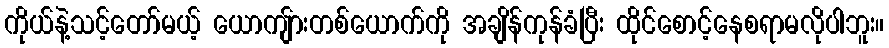
ကိုယ်နဲ့သင့်တော်မယ့် ယောကျ်ားတစ်ယောက်ကို အချိန်ကုန်ခံပြီး ထိုင်စောင့်နေစရာမလိုပါဘူး။